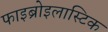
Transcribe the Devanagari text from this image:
फाइब्रोइलास्टिक